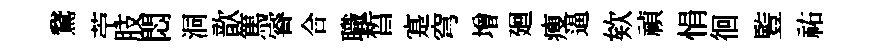
鵞苧肢悶洞歆篤睿合職晳寔穹增廻瘦逼欸禎悁徊䜿祐